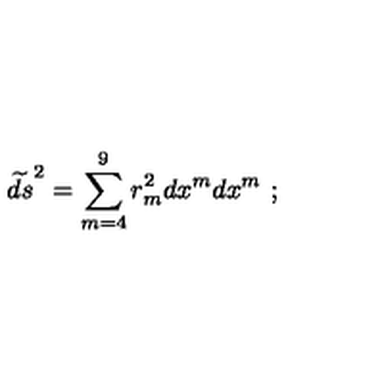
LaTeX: \widetilde { d s } ^ { 2 } = \sum _ { m = 4 } ^ { 9 } r _ { m } ^ { 2 } d x ^ { m } d x ^ { m } \ ;